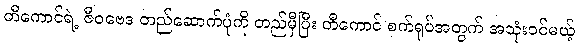
တီကောင်ရဲ့ ဇီဝဗေဒ တည်ဆောက်ပုံကို တည်မှီပြီး တီကောင် စက်ရုပ်အတွက် အသုံးဝင်မယ့်